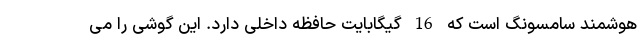
هوشمند سامسونگ است که 16 گیگابایت حافظه داخلی دارد. این گوشی را می